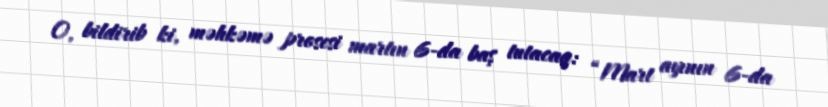
O, bildirib ki, məhkəmə prosesi martın 6-da baş tutacaq: “Mart ayının 6-da